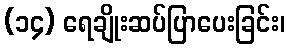
(၁၄) ရေချိုးဆပ်ပြာပေးခြင်း၊